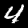
Digit: 4